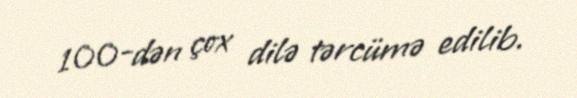
100-dən çox dilə tərcümə edilib.